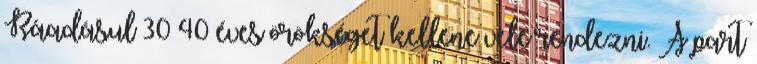
Ráadásul 30–40 éves örökséget kel­lene vele rendezni. A part